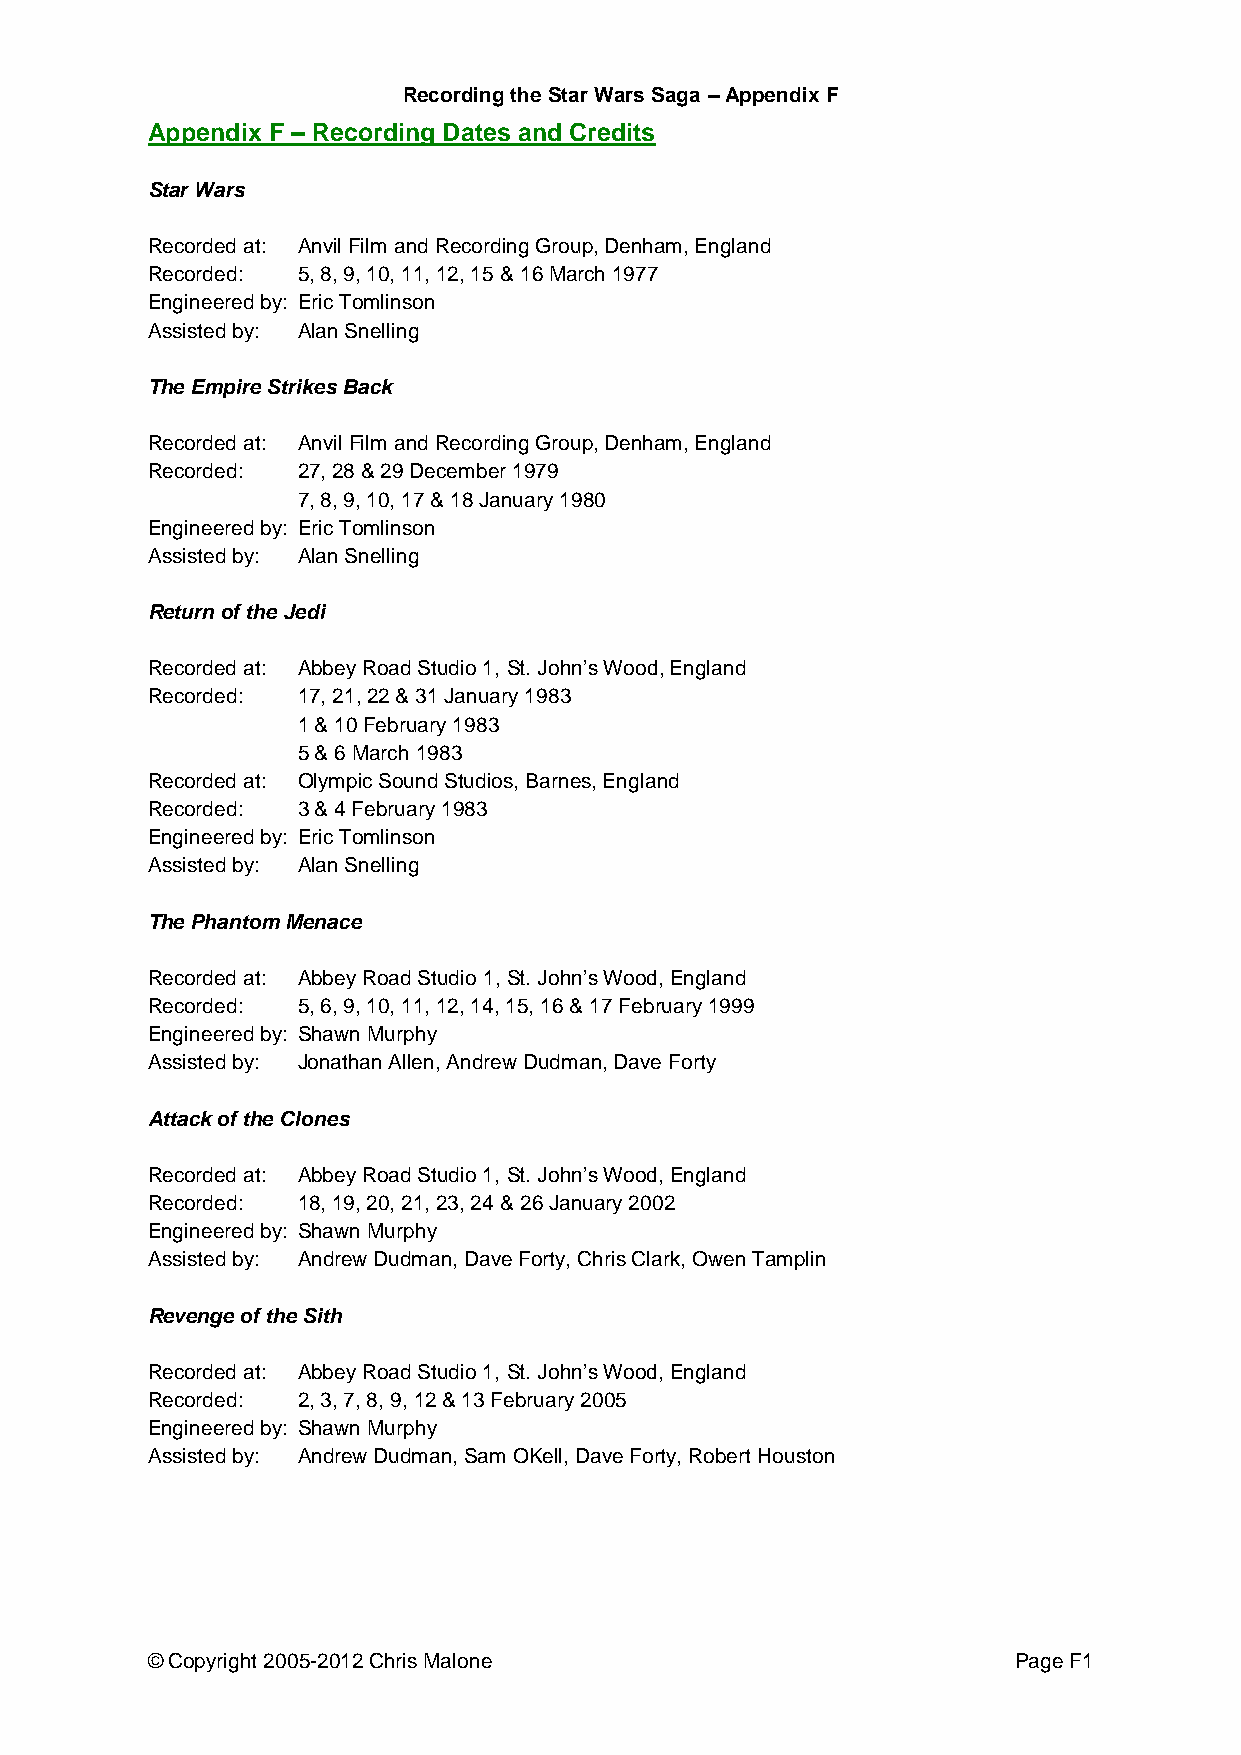
Recording the Star Wars Saga – Appendix F
 Appendix F – Recording Dates and Credits
 Star Wars
 Recorded at: Anvil Film and Recording Group, Denham, England
 Recorded: 5, 8, 9, 10, 11, 12, 15 & 16 March 1977
 Engineered by: Eric Tomlinson
 Assisted by: Alan Snelling
 The Empire Strikes Back
 Recorded at: Anvil Film and Recording Group, Denham, England
 Recorded: 27, 28 & 29 December 1979
 7, 8, 9, 10, 17 & 18 January 1980
 Engineered by: Eric Tomlinson
 Assisted by: Alan Snelling
 Return of the Jedi
 Recorded at: Abbey Road Studio 1, St. John’s Wood, England
 Recorded: 17, 21, 22 & 31 January 1983
 1 & 10 February 1983
 5 & 6 March 1983
 Recorded at: Olympic Sound Studios, Barnes, England
 Recorded: 3 & 4 February 1983
 Engineered by: Eric Tomlinson
 Assisted by: Alan Snelling
 The Phantom Menace
 Recorded at: Abbey Road Studio 1, St. John’s Wood, England
 Recorded: 5, 6, 9, 10, 11, 12, 14, 15, 16 & 17 February 1999
 Engineered by: Shawn Murphy
 Assisted by: Jonathan Allen, Andrew Dudman, Dave Forty
 Attack of the Clones
 Recorded at: Abbey Road Studio 1, St. John’s Wood, England
 Recorded: 18, 19, 20, 21, 23, 24 & 26 January 2002
 Engineered by: Shawn Murphy
 Assisted by: Andrew Dudman, Dave Forty, Chris Clark, Owen Tamplin
 Revenge of the Sith
 Recorded at: Abbey Road Studio 1, St. John’s Wood, England
 Recorded: 2, 3, 7, 8, 9, 12 & 13 February 2005
 Engineered by: Shawn Murphy
 Assisted by: Andrew Dudman, Sam OKell, Dave Forty, Robert Houston
 © Copyright 2005-2012 Chris Malone                       Page F1